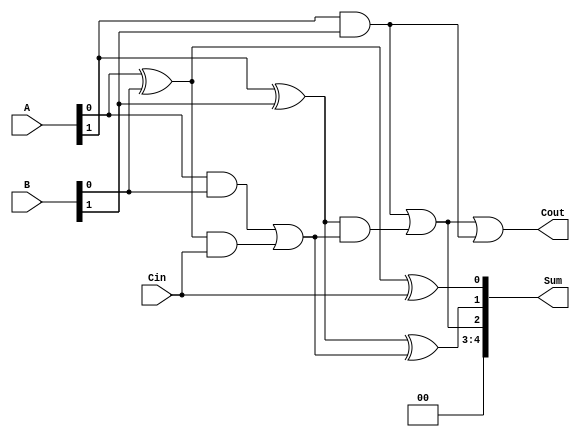
module ConditionalSumAdder(
    input [3:0] A,       // 4-bit input A
    input [3:0] B,       // 4-bit input B
    input Cin,           // Carry-in
    output [4:0] Sum,    // 5-bit output for Sum (A + B + Cin)
    output Cout          // Carry-out
);
    wire [1:0] C;       // Carry bits for two groups
    wire [3:0] S0, S1;  // Sum bits for each group
    wire [1:0] G;       // Generate signals
    wire [1:0] P;       // Propagate signals

    // Group 0 (lower bits)
    assign S0[0] = A[0] ^ B[0] ^ Cin;  // sum of least significant bits
    assign P[0] = A[0] ^ B[0];         // propagate for group 0
    assign G[0] = A[0] & B[0];         // generate for group 0
    assign C[0] = G[0] | (P[0] & Cin); // carry out for group 0

    assign S0[1] = A[1] ^ B[1] ^ C[0]; // sum of next bits based on carry from group 0
    assign P[1] = A[1] ^ B[1];         // propagate for group 1
    assign G[1] = A[1] & B[1];         // generate for group 1
    assign C[1] = G[1] | (P[1] & C[0]); // carry out for group 1

    // Final Sum and Carry-Out
    assign Sum = {C[1], S0[1:0]};  // Combine carry with sum
    assign Sum[2] = S0[3];         // S[2] from last group
    assign Cout = C[1] | G[1];     // Calculate final Cout

endmodule